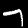
Label: 7